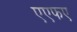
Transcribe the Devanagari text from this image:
एएफए